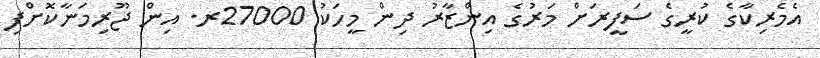
އެމެރިކާގެ ކުރީގެ ސަފީރަށް މަރުގެ އިންޒާރު ދިން މީހަކު 27000ރ. އިން ޖޫރިމަނާކޮށްފި